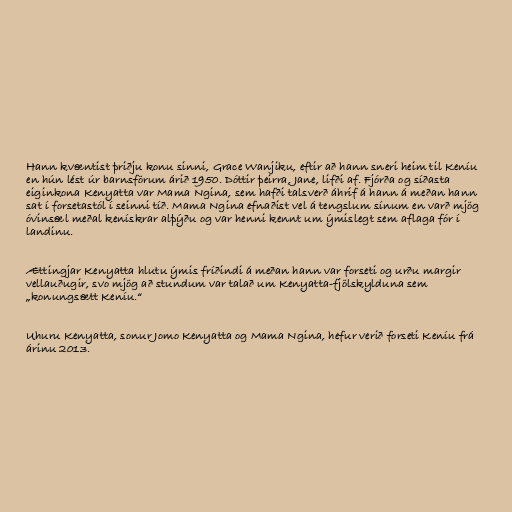
Hann kvæntist þriðju konu sinni, Grace Wanjiku, eftir að hann sneri heim til Keníu
en hún lést úr barnsförum árið 1950. Dóttir þeirra, Jane, lifði af. Fjórða og síðasta
eiginkona Kenyatta var Mama Ngina, sem hafði talsverð áhrif á hann á meðan hann
sat í forsetastól í seinni tíð. Mama Ngina efnaðist vel á tengslum sínum en varð mjög
óvinsæl meðal kenískrar alþýðu og var henni kennt um ýmislegt sem aflaga fór í
landinu.

Ættingjar Kenyatta hlutu ýmis fríðindi á meðan hann var forseti og urðu margir
vellauðugir, svo mjög að stundum var talað um Kenyatta-fjölskylduna sem
„konungsætt Keníu.“

Uhuru Kenyatta, sonur Jomo Kenyatta og Mama Ngina, hefur verið forseti Keníu frá
árinu 2013.